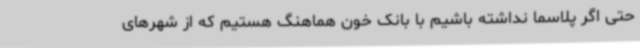
حتی اگر پلاسما نداشته باشیم با بانک خون هماهنگ هستیم که از شهرهای